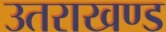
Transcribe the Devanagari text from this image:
उतराखण्ड